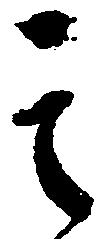
其